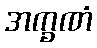
အက္ခဏံ